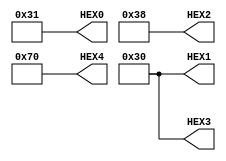
module palavra(HEX0, HEX1, HEX2, HEX3, HEX4);

//escrever a palavra cefet no display

output [0:6]HEX0, HEX1, HEX2, HEX3, HEX4;

assign HEX0 = 7'b0110001; //c
assign HEX1 = 7'b0110000; //e
assign HEX2 = 7'b0111000; //f
assign HEX3 = 7'b0110000; //e
assign HEX4 = 7'b1110000; //t

endmodule